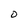
Character: O